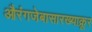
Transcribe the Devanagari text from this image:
औरंगजेबासारख्याक्रूर